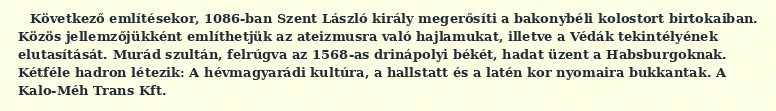
Következő említésekor, 1086-ban Szent László király megerősíti a bakonybéli kolostort birtokaiban. Közös jellemzőjükként említhetjük az ateizmusra való hajlamukat, illetve a Védák tekintélyének elutasítását. Murád szultán, felrúgva az 1568-as drinápolyi békét, hadat üzent a Habsburgoknak. Kétféle hadron létezik: A hévmagyarádi kultúra, a hallstatt és a latén kor nyomaira bukkantak. A Kalo-Méh Trans Kft.